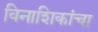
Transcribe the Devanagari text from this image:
विनाशिकांचा